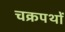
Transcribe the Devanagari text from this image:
चक्रपथों